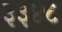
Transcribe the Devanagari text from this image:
३३४८